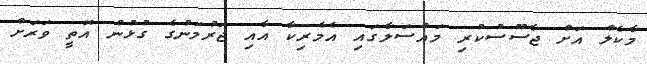
މާކެލް އަށް ޖާސޫސުކުރި މައްސަލާގައި އެމެރިކާ އާއި ޖަރުމަނުގެ ގުޅުން އޮތީ ވަރަށް